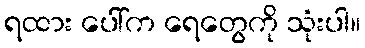
ရထား ပေါ်က ရေတွေကို သုံးပါ။